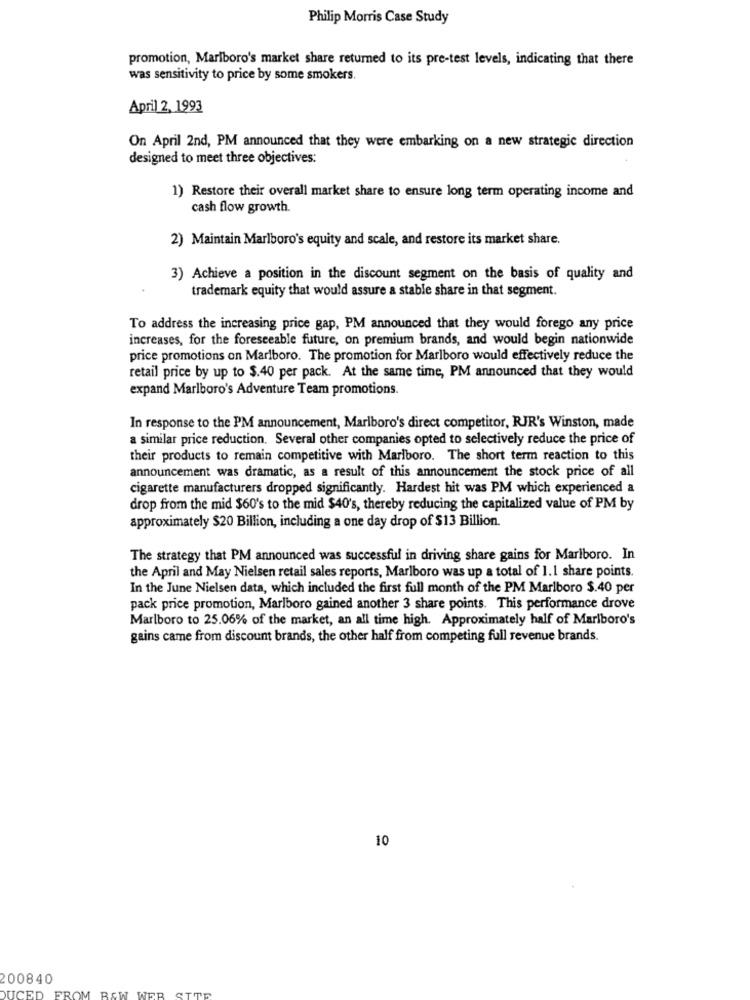
Philip Morris Case Study
promotion, Marlboro's market share returned to its pre-test levels, indicating that there
was sensitivity to price by some smokers.
April 2, 1993
On April 2nd, PM announced that they were embarking on a new strategic direction
designed to meet three objectives:
1) Restore their overall market share to ensure long term operating income and
cash flow growth.
2) Maintain Marlboro's equity and scale, and restore its market share.
3) Achieve a position in the discount segment on the basis of quality and
trademark equity that would assure a stable share in that segment.
To address the increasing price gap, PM announced that they would forego any price
increases, for the foreseeable future, on premium brands, and would begin nationwide
price promotions on Marlboro. The promotion for Marlboro would effectively reduce the
retail price by up to $.40 per pack. At the same time, PM announced that they would
expand Marlboro's Adventure Team promotions.
In response to the PM announcement, Marlboro's direct competitor, RJR's Winston, made
a similar price reduction. Several other companies opted to selectively reduce the price of
their products to remain competitive with Marlboro. The short term reaction to this
announcement was dramatic, as a result of this announcement the stock price of all
cigarette manufacturers dropped significantly. Hardest hit was PM which experienced a
drop from the mid $60's to the mid $40's, thereby reducing the capitalized value of PM by
approximately $20 Billion, including a one day drop of $13 Billion.
The strategy that PM announced was successful in driving share gains for Marlboro. In
the April and May Nielsen retail sales reports, Marlboro was up a total of 1.1 share points.
In the June Nielsen data, which included the first full month of the PM Marlboro $.40 per
pack price promotion, Marlboro gained another 3 share points. This performance drove
Marlboro to 25.06% of the market, an all time high. Approximately half of Marlboro's
gains came from discount brands, the other half from competing full revenue brands.
10
200840
DUCED
FROM BEW WEB
SITE